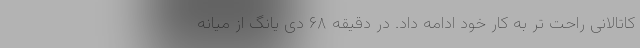
کاتالانی راحت تر به کار خود ادامه داد. در دقیقه ۶۸ دی یانگ از میانه